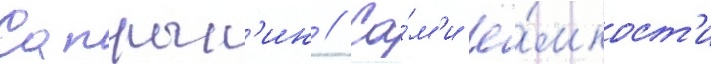
Сапрык'ин // Са́м'и ё́мкост'и